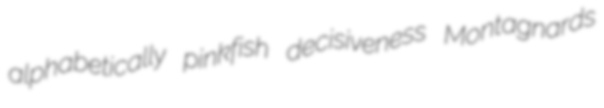
alphabetically pinkfish decisiveness Montagnards